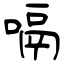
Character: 嗝